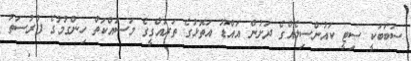
ސަބަބަކީ ސިޓީ ކައުންސިލެއްގެ ދަށުން އައްޑޫ އަތޮޅުގެ ތަރައްގީގެ މަސައްކަތް ހިންގުމުގެ ފުރުސަތު